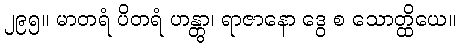
၂၉၅။ မာတရံ ပိတရံ ဟန္တွာ၊ ရာဇာနော ဒွေ စ သောတ္ထိယေ။